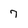
Character: 7